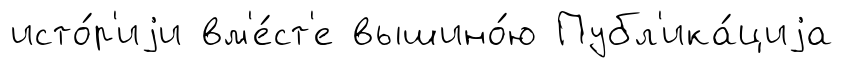
исто́р'иjи вм'е́ст'е вышино́ю Публ'ика́циjа